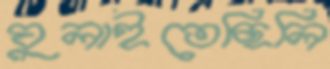
ঘুলাইতেছিলি